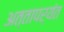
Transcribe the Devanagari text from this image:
अत्तापर्यंत